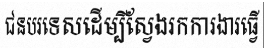
ជនបរទេសដើម្បីស្វែងរកការងារធ្វើ